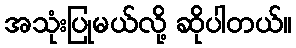
အသုံးပြုမယ်လို့ ဆိုပါတယ်။